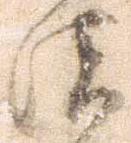
濃